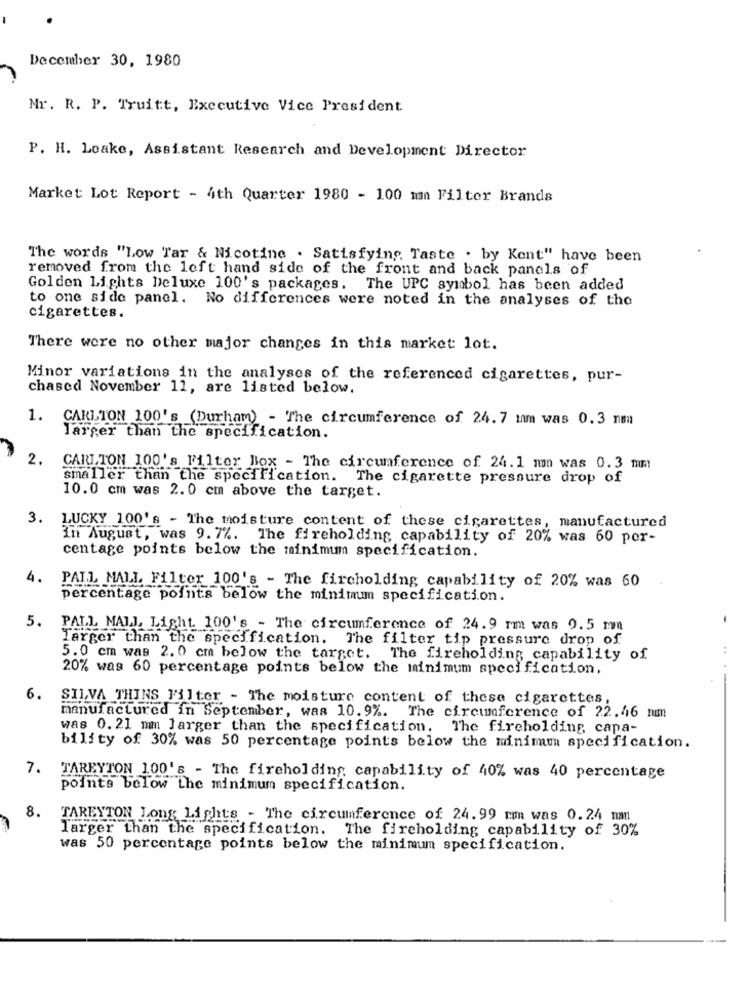
December 30, 1980
Mr. R. P. Truitt, Executive Vice President.
P. H. Loake, Assistant Research and Development Director
Market Lot Report - 4th Quarter 1980 - 100 mm Filter Brands
The words "Low Tar & Nicotine . Satisfying Taste . by Kent" have been
removed from the left hand side of the front and back panels of
Golden Lights Deluxe 100's packages. The UPC symbol has been added
to one side panel. No differences were noted in the analyses of the
cigarettes.
There were no other major changes in this market lot.
Minor variations in the analyses of the referenced cigarettes, pur-
chased November 11, are listed below.
1. CARLTON 100's (Durham) - The circumference of 24.7 um was 0.3 non
larger than the specification.
2.
CARLTON 100's Filter Box - The circumference of 24.1 min was 0.3 mm
smaller than the specification.
The cigarette pressure drop of
10.0 cm was 2.0 cm above the target.
3.
LUCKY 100's - The moisture content of these cigarettes, manufactured
In August, was 9. 7%. The fireholding capability of 20% was 60 por-
centage points below the minimum specification.
4.
PALL MALL Filter 100's - The fircholding capability of 20% was 60
percentage points below the minimum specification.
5. PALL MALL Light. 100's - The circumference of 24.9 mmm was 0.5 mm
larger than the specification. The filter tip pressure drop of
5.0 cm was 2.0 cm below the target. The fireholding capability of
20% was 60 percentage points below the minimum specification.
6.
SILVA THINS Filter - The moisture content of these cigarettes,
manufactured in September, was 10.9%. The circumference of 22.46 mmm
was 0. 21 mm larger than the specification. The fireholding, capa-
bility of 30% was 50 percentage points below the minimum specification.
7. TAREYTON 100's - The fireholding capability of 40% was 40 percentage
points below the minimum specification.
8.
TAREYTON Long Lights - The circumference of 24.99 mmm was 0.24 mm
larger than the specification. The fireholding capability of 30%
was 50 percentage points below the minimum specification.